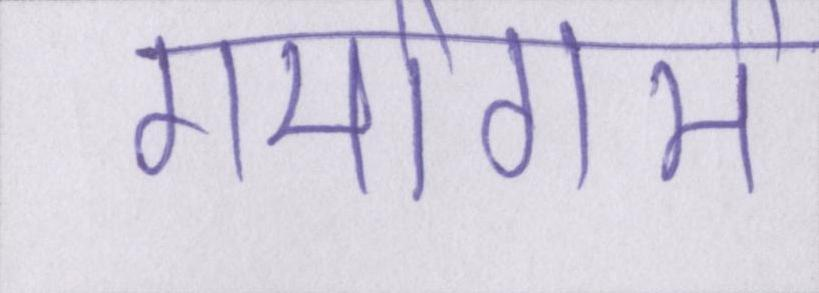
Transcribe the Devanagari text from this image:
गर्मागर्म